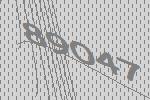
89047